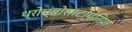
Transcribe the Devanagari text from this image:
थ्रोम्बोसाटोपेनिया